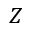
Z